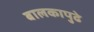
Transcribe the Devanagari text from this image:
बालकापुढे